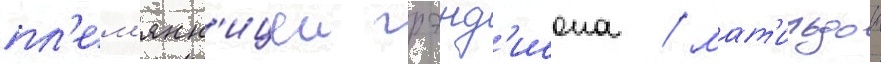
пл'ем'янн'ицеи грэнд'исона / мат'ильдои